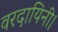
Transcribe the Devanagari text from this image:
वरदायिनी।